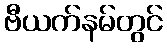
ဗီယက်နမ်တွင်